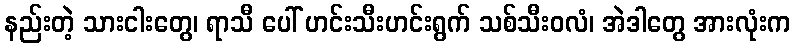
နည်းတဲ့ သားငါးတွေ၊ ရာသီ ပေါ် ဟင်းသီးဟင်းရွက် သစ်သီးဝလံ၊ အဲဒါတွေ အားလုံးက